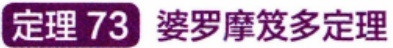
定理 73  婆罗摩笈多定理